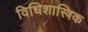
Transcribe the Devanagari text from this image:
विधिशास्त्रिक